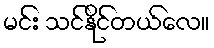
မင်း သင်နိုင်တယ်လေ။